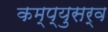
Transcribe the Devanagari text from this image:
कम्प्युसर्व